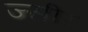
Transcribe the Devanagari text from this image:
ज्सीर